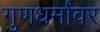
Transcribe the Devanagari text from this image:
गुणधर्मांवर